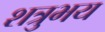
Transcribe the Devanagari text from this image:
शत्रुभय